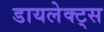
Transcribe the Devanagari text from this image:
डायलेक्ट्स